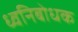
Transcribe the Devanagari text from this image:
ध्वनिबोधक